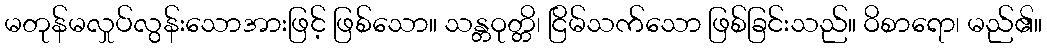
မတုန်မလှုပ်လွန်းသောအားဖြင့် ဖြစ်သော။ သန္တဝုတ္တိ၊ ငြိမ်သက်သော ဖြစ်ခြင်းသည်။ ဝိစာရော၊ မည်၏။